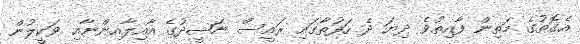
އެގޮތުގެ މަތިން ފާއިތުވެ ދިޔަ ދެ ހަފުތާގައި ރައީސް ނަޝީދުގެ އާއިލާއިންނާއި ވަކީލުން